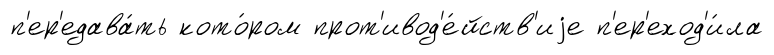
п'ер'едава́ть кото́ром прот'ивод'е́йств'иjе п'ер'еход'и́ла